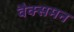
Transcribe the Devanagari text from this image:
वैक्समन